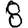
Digit: 8